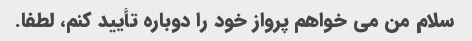
سلام من می خواهم پرواز خود را دوباره تأیید کنم، لطفا.